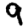
Digit: 9